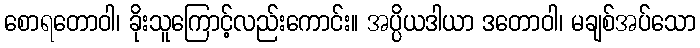
စောရတောဝါ၊ ခိုးသူကြောင့်လည်းကောင်း။ အပ္ပိယဒါယာ ဒတောဝါ၊ မချစ်အပ်သော